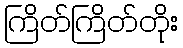
ကြိတ်ကြိတ်တိုး